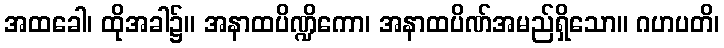
အထခေါ၊ ထိုအခါ၌။ အနာထပိဏ္ဍိကော၊ အနာထပိဏ်အမည်ရှိသော။ ဂဟပတိ၊